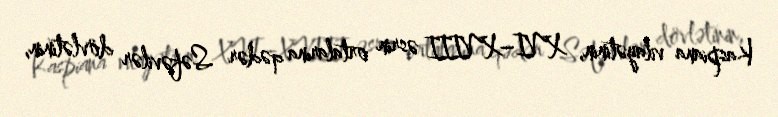
Kaspiana vilayətinin, XVI–XVIII əsrin ortalarına qədər Səfəvilər dövlətinin,